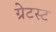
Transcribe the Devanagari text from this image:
ग्रेटस्ट